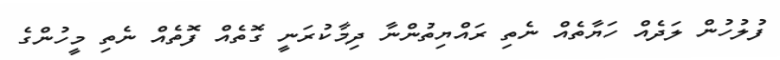
ފުލުހުން ލަދެއް ހަޔާތެއް ނެތި ރައްޔިތުންނާ ދިމާކުރަނީ ގޮތެއް ފޮތެއް ނެތި މީހުންގެ